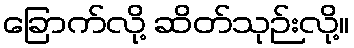
ခြောက်လို့ ဆိတ်သုဉ်းလို့။